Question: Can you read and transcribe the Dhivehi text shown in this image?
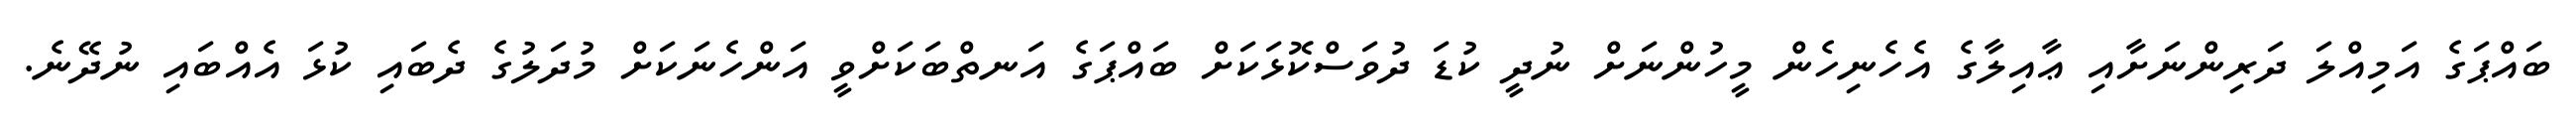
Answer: ބައްޕަގެ އަމިއްލަ ދަރިންނަށާއި ޢާއިލާގެ އެހެނިހެން މީހުންނަށް ނުދީ ކުޑަ ދުވަސްކޮޅަކަށް ބައްޕަގެ އަނތްބަކަށްވީ އަންހެނަކަށް މުދަލުގެ ދެބައި ކުޅަ އެއްބައި ނުދޭނެ.